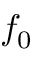
f _ { 0 }